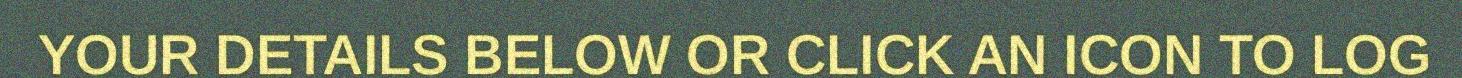
YOUR DETAILS BELOW OR CLICK AN ICON TO LOG